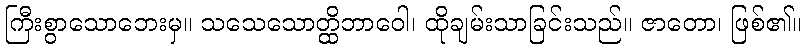
ကြီးစွာသောဘေးမှ။ သသေသောတ္ထိဘာဝေါ၊ ထိုချမ်းသာခြင်းသည်။ ဇာတော၊ ဖြစ်၏။